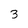
Character: 3